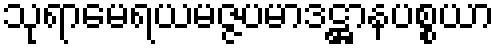
သုရာမေရယမဇ္ဇပမာဒဋ္ဌာနပစ္စယာ